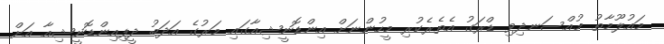
މައުލޫމާތު މުއްސަނދިވި ޑްރަގު އެތެރެކުރި މީހުންނަށް އިންޑޮނީޝިއާގައި މަރުގެ އަދަބު ދީފިއިންޑޮނީޝިއާ އަށް